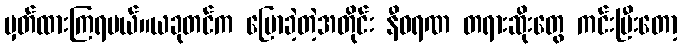
မှတ်ထားကြရမယ်။ယခုတင်က ပြောခဲ့တဲ့အတိုင်း နီဝရဏ တရားဆိုးတွေ ကင်းပြီးတော့